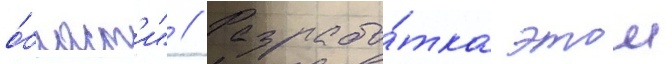
о́бласт'и" // Разрабо́тка этои